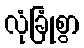
လုံခြုံစွာ